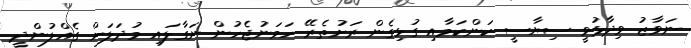
ނަވާޒު ވިދާޅުވީ ސިޔާސީ ކަންކަމާއި ގުޅިގެން ރަށުތެރޭ ހަމަނުޖެހުން ނަގާލައި މުދަލަށް ގެއްލުންދީ